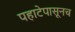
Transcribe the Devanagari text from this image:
पहाटेपासूनच